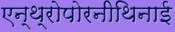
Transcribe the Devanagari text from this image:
एन्थ्रोपोरनीथिनाई